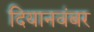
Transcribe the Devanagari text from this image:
दियानवंबर